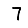
Digit: 7